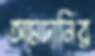
আমদানির